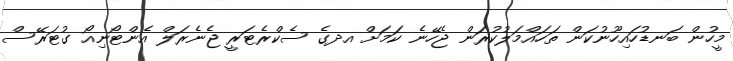
މީހުން ބަނޑުހައިހޫނުކަން ތަހައްމަލުކުރަން ޖެހޭނެ ކަމަށް އދގެ ސެކްރެޓަރީ ޖެނެރަލް އެންޓޯނިއޯ ގުޓަރޭސް